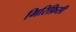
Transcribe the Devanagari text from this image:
मिरिफ़िसी